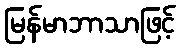
မြန်မာဘာသာဖြင့်